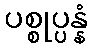
ပစ္စုပ္ပန္နံ